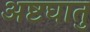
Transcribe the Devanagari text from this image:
अष्टघातु